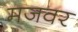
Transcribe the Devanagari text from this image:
मजवर